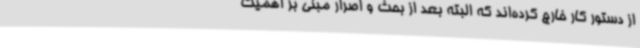
از دستور کار خارج کرده‌اند که البته بعد از بحث و اصرار مبنی بر اهمیت